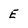
Character: E